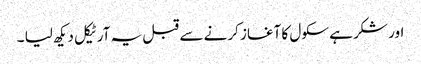
اور شکر ہے سکول کا آغاز کرنے سے قبل یہ آرٹیکل دیکھ لیا ۔